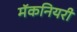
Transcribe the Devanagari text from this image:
मॅकनियरी